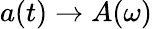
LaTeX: a(t)\to A(\omega)